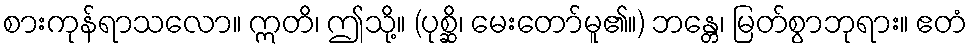
စားကုန်ရာသလော။ ဣတိ၊ ဤသို့။ (ပုစ္ဆိ၊ မေးတော်မူ၏။) ဘန္တေ၊ မြတ်စွာဘုရား။ ဧတံ